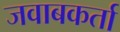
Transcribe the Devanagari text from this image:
जवाबकर्ता